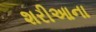
શરીઆના